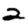
Digit: 2